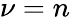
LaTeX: \nu=n